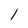
Character: 1